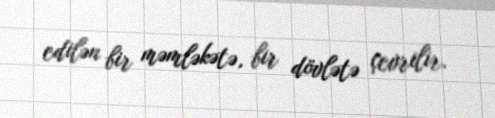
edilən bir məmləkətə, bir dövlətə çevrilir.